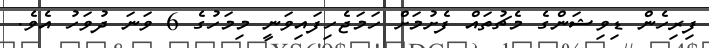
ފިރިހެން ޑިވިޝަންގެ މެޗުތައް ފެށުމަށް ހަމަޖެހިފައިވަނީ މިމަހުގެ 6 ވަނަ ދުވަހު އެވެ.